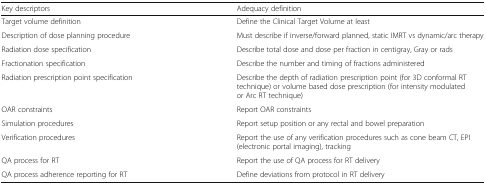
<table><thead><tr><td><b>Key descriptors</b></td><td><b>Adequacy definition</b></td></tr></thead><tbody><tr><td>Target volume definition</td><td>Define the Clinical Target Volume at least</td></tr><tr><td>Description of dose planning procedure</td><td>Must describe if inverse/forward planned, static IMRT vs dynamic/arc therapy</td></tr><tr><td>Radiation dose specification</td><td>Describe total dose and dose per fraction in centigray, Gray or rads</td></tr><tr><td>Fractionation specification</td><td>Describe the number and timing of fractions administered</td></tr><tr><td>Radiation prescription point specification</td><td>Describe the depth of radiation prescription point (for 3D conformal RT technique) or volume based dose prescription (for intensity modulated or Arc RT technique)</td></tr><tr><td>OAR constraints</td><td>Report OAR constraints</td></tr><tr><td>Simulation procedures</td><td>Report setup position or any rectal and bowel preparation</td></tr><tr><td>Verification procedures</td><td>Report the use of any verification procedures such as cone beam CT, EPI (electronic portal imaging), tracking</td></tr><tr><td>QA process for RT</td><td>Report the use of QA process for RT delivery</td></tr><tr><td>QA process adherence reporting for RT</td><td>Define deviations from protocol in RT delivery</td></tr></tbody></table>